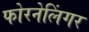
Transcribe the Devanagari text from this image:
फोरनेलिंगर